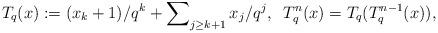
LaTeX: \begin{align*} T_{q}(x) := (x_k+1)/{q}^k + \sum\nolimits_{j \geq k+1} x_{j} / q^{j}, \;\;T_{q}^n(x)=T_{q}(T_{q}^{n-1}(x)),\end{align*}